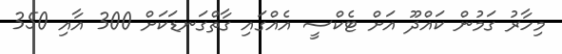
މިހާރު ގަމުން ކައްދޫ އަށް ޓެކްސީ އެއްގައި ގާތްގަނޑަކަށް 300 އާއި 350